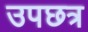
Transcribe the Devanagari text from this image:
उपछत्र